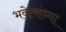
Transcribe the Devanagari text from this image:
भवेत्संध्या